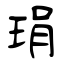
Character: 琄